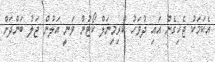
އެކަމަކު ޖެހިގެން އައި ދުވަހު ކްރިމިނަލް ކޯޓުން ވަނީ އަލުން ޖަލު ބަންދަށް